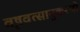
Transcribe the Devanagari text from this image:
वृषवत्सानुकरणो